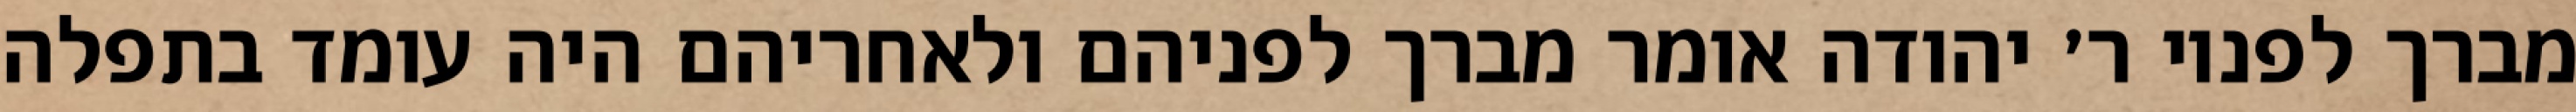
מברך לפניו ר׳ יהודה אומר מברך לפניהם ולאחריהם היה עומד בתפלה